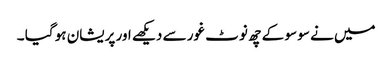
میں نے سو سو کے چھ نوٹ غور سے دیکھے اور پریشان ہو گیا ۔